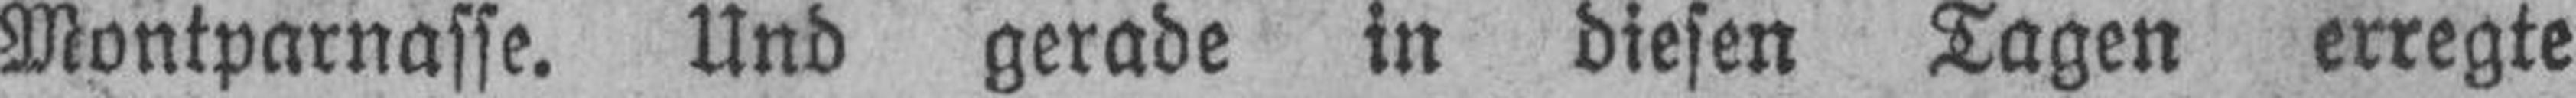
Montparnasse. Und gerade in diesen Tagen erregte